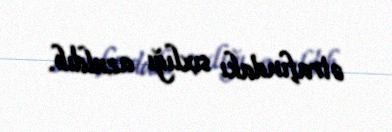
ətrafındakı sıxlığı azaldıb.